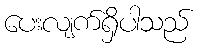
ပေးလျက်ရှိပါသည်